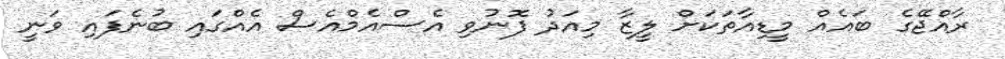
ރާއްޖޭގެ ބައެއް މީޑިއާތަކަށް ލީޒާ މިއަދު ފޮނުވި އެސްއެމްއެސް އެއްގައި ބުނެފައި ވަނީ